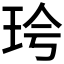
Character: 𪻖